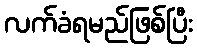
လက်ခံရမည်ဖြစ်ပြီး